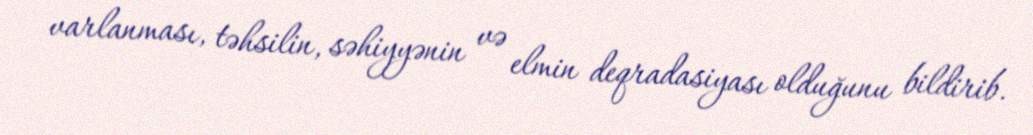
varlanması, təhsilin, səhiyyənin və elmin deqradasiyası olduğunu bildirib.